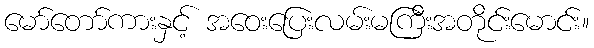
မော်တော်ကားနှင့် အဝေးပြေးလမ်းမကြီးအတိုင်းမောင်း။